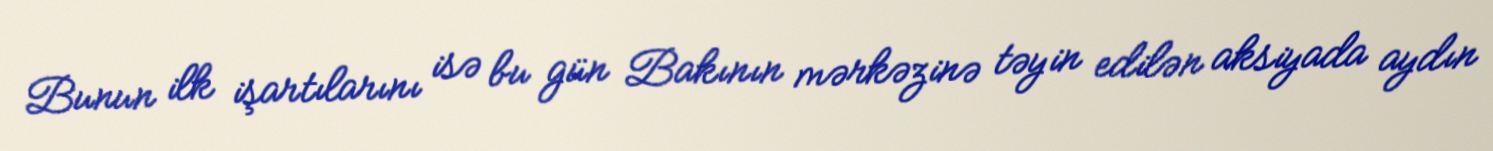
Bunun ilk işartılarını isə bu gün Bakının mərkəzinə təyin edilən aksiyada aydın